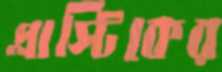
প্লাস্টিকের